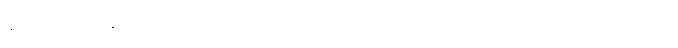
နာရီ ၁၇ မိနစ်မှာ စတင် ပျံတက်ခဲ့ပြီး အင်္ဂလိပ် ဆိပ်ကမ်းမြို့ ဒိုဗာမှာ ရှိတဲ့